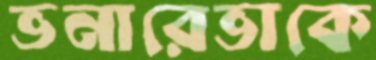
ভনারেভাকে